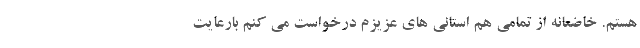
هستم. خاضعانه از تمامی هم استانی های عزیزم درخواست می کنم بارعایت